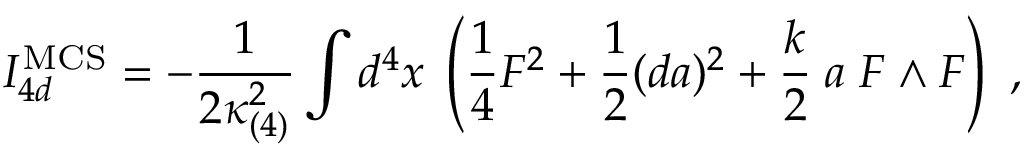
I _ { 4 d } ^ { \mathrm { M C S } } = - { \frac { 1 } { 2 \kappa _ { ( 4 ) } ^ { 2 } } } \int d ^ { 4 } x \; \left( { \frac { 1 } { 4 } } F ^ { 2 } + { \frac { 1 } { 2 } } ( d a ) ^ { 2 } + { \frac { k } { 2 } } \; a \; F \wedge F \right) \ ,